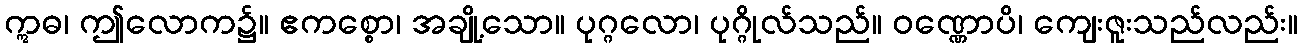
ဣဓ၊ ဤလောက၌။ ဧကစ္စော၊ အချို့သော။ ပုဂ္ဂလော၊ ပုဂ္ဂိုလ်သည်။ ဝဏ္ဏောပိ၊ ကျေးဇူးသည်လည်း။